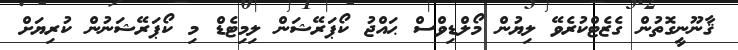
ޤާނޫނީގޮތުން ގެޒެޓްކުރެވޭ ލިޔުން މޯލްޑިވްސް ޙައްޖު ކޯޕަރޭޝަން ލިމިޓެޑް މި ކޯޕަރޭޝަނުން ކުރިޔަށް